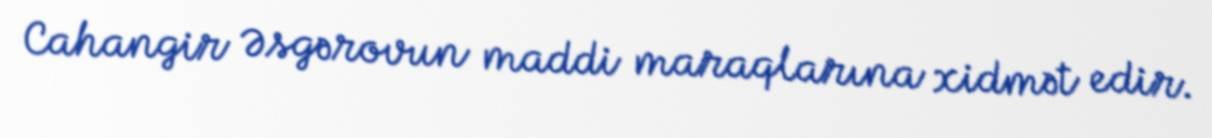
Cahangir Əsgərovun maddi maraqlarına xidmət edir.